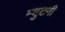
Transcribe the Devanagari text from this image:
म्युटनी